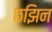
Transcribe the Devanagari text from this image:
छझिन